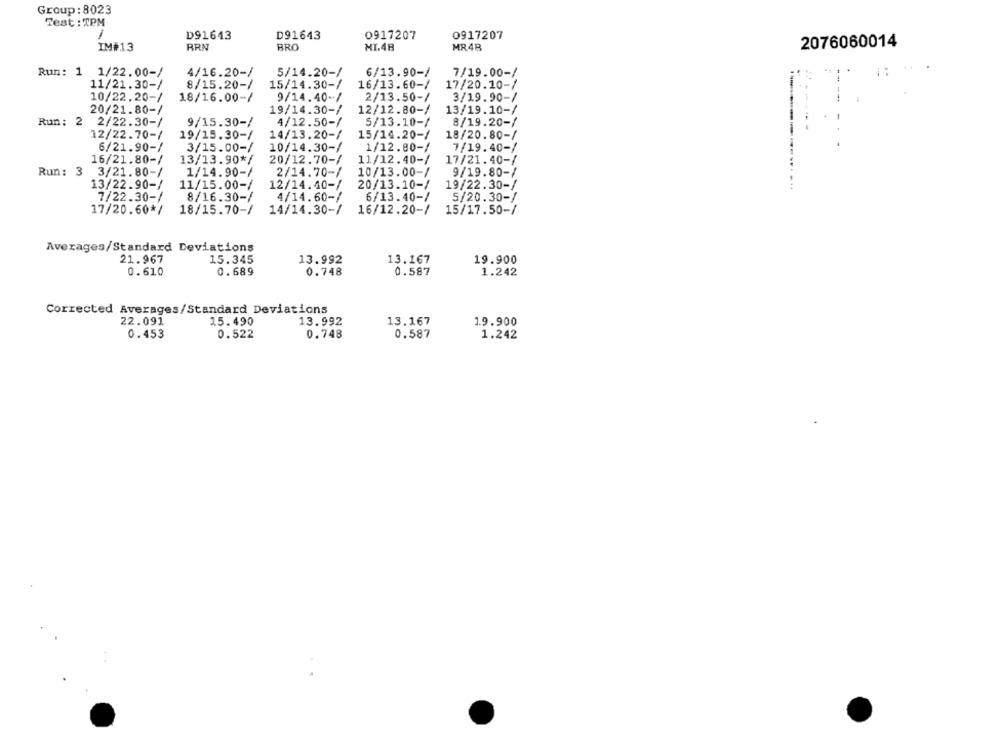
Group: 8023
Test : TPM
D91643
D91643
0917207
0917207
2076060014
IM#13
RRN
BRO
MI.48
MR48
Run: 1 1/22.00-/
4/16.20-/
5/14.20-/
6/13.90-/
7/19.00-/
11/21.30-/
8/15.20-/
15/14.30-/
16/13.60-/
17/20.10-/
9/14.40-/
2/13.50-/
3/19.90-/
10/22.20-/
18/16.00-/
20/21.80-/
19/14.30-/
12/12.80-/
13/19.10-/
Run: 2 2/22.30-/
9/15.30-/
4/12.50-/
5/13.10-/
8/19.20-/
12/22.70-/
19/15.30-/
14/13.20-/
15/14.20-/
18/20.80-/
6/21.90-/
3/15.00-/
10/14.30-/
1/12.80-/
7/19.40-/
16/21.80-/
13/13.90*/
20/12.70-/
11/12.40-/
17/21.40-/
Run: 3
3/21.80-/
1/14.90-/
2/14.70-/
10/13.00-/
9/19.80-/
13/22.90-/
11/15.00-/
12/14.40-/
20/13.10-/
19/22.30-/
7/22.30-/
8/16.30-/
4/14.60-/
6/13.40-/
5/20.30-/
17/20.60*/
18/15.70-/
14/14.30-/
16/12.20-/
15/17.50-/
Averages/Standard Deviations
21.967
15.345
13.992
13.167
19.900
0.610
0.689
0.748
0.587
1.242
Corrected Averages/Standard Deviations
22.091
15.490
13.992
13.167
1.9.900
0.453
0.522
0.748
0.587
1.242